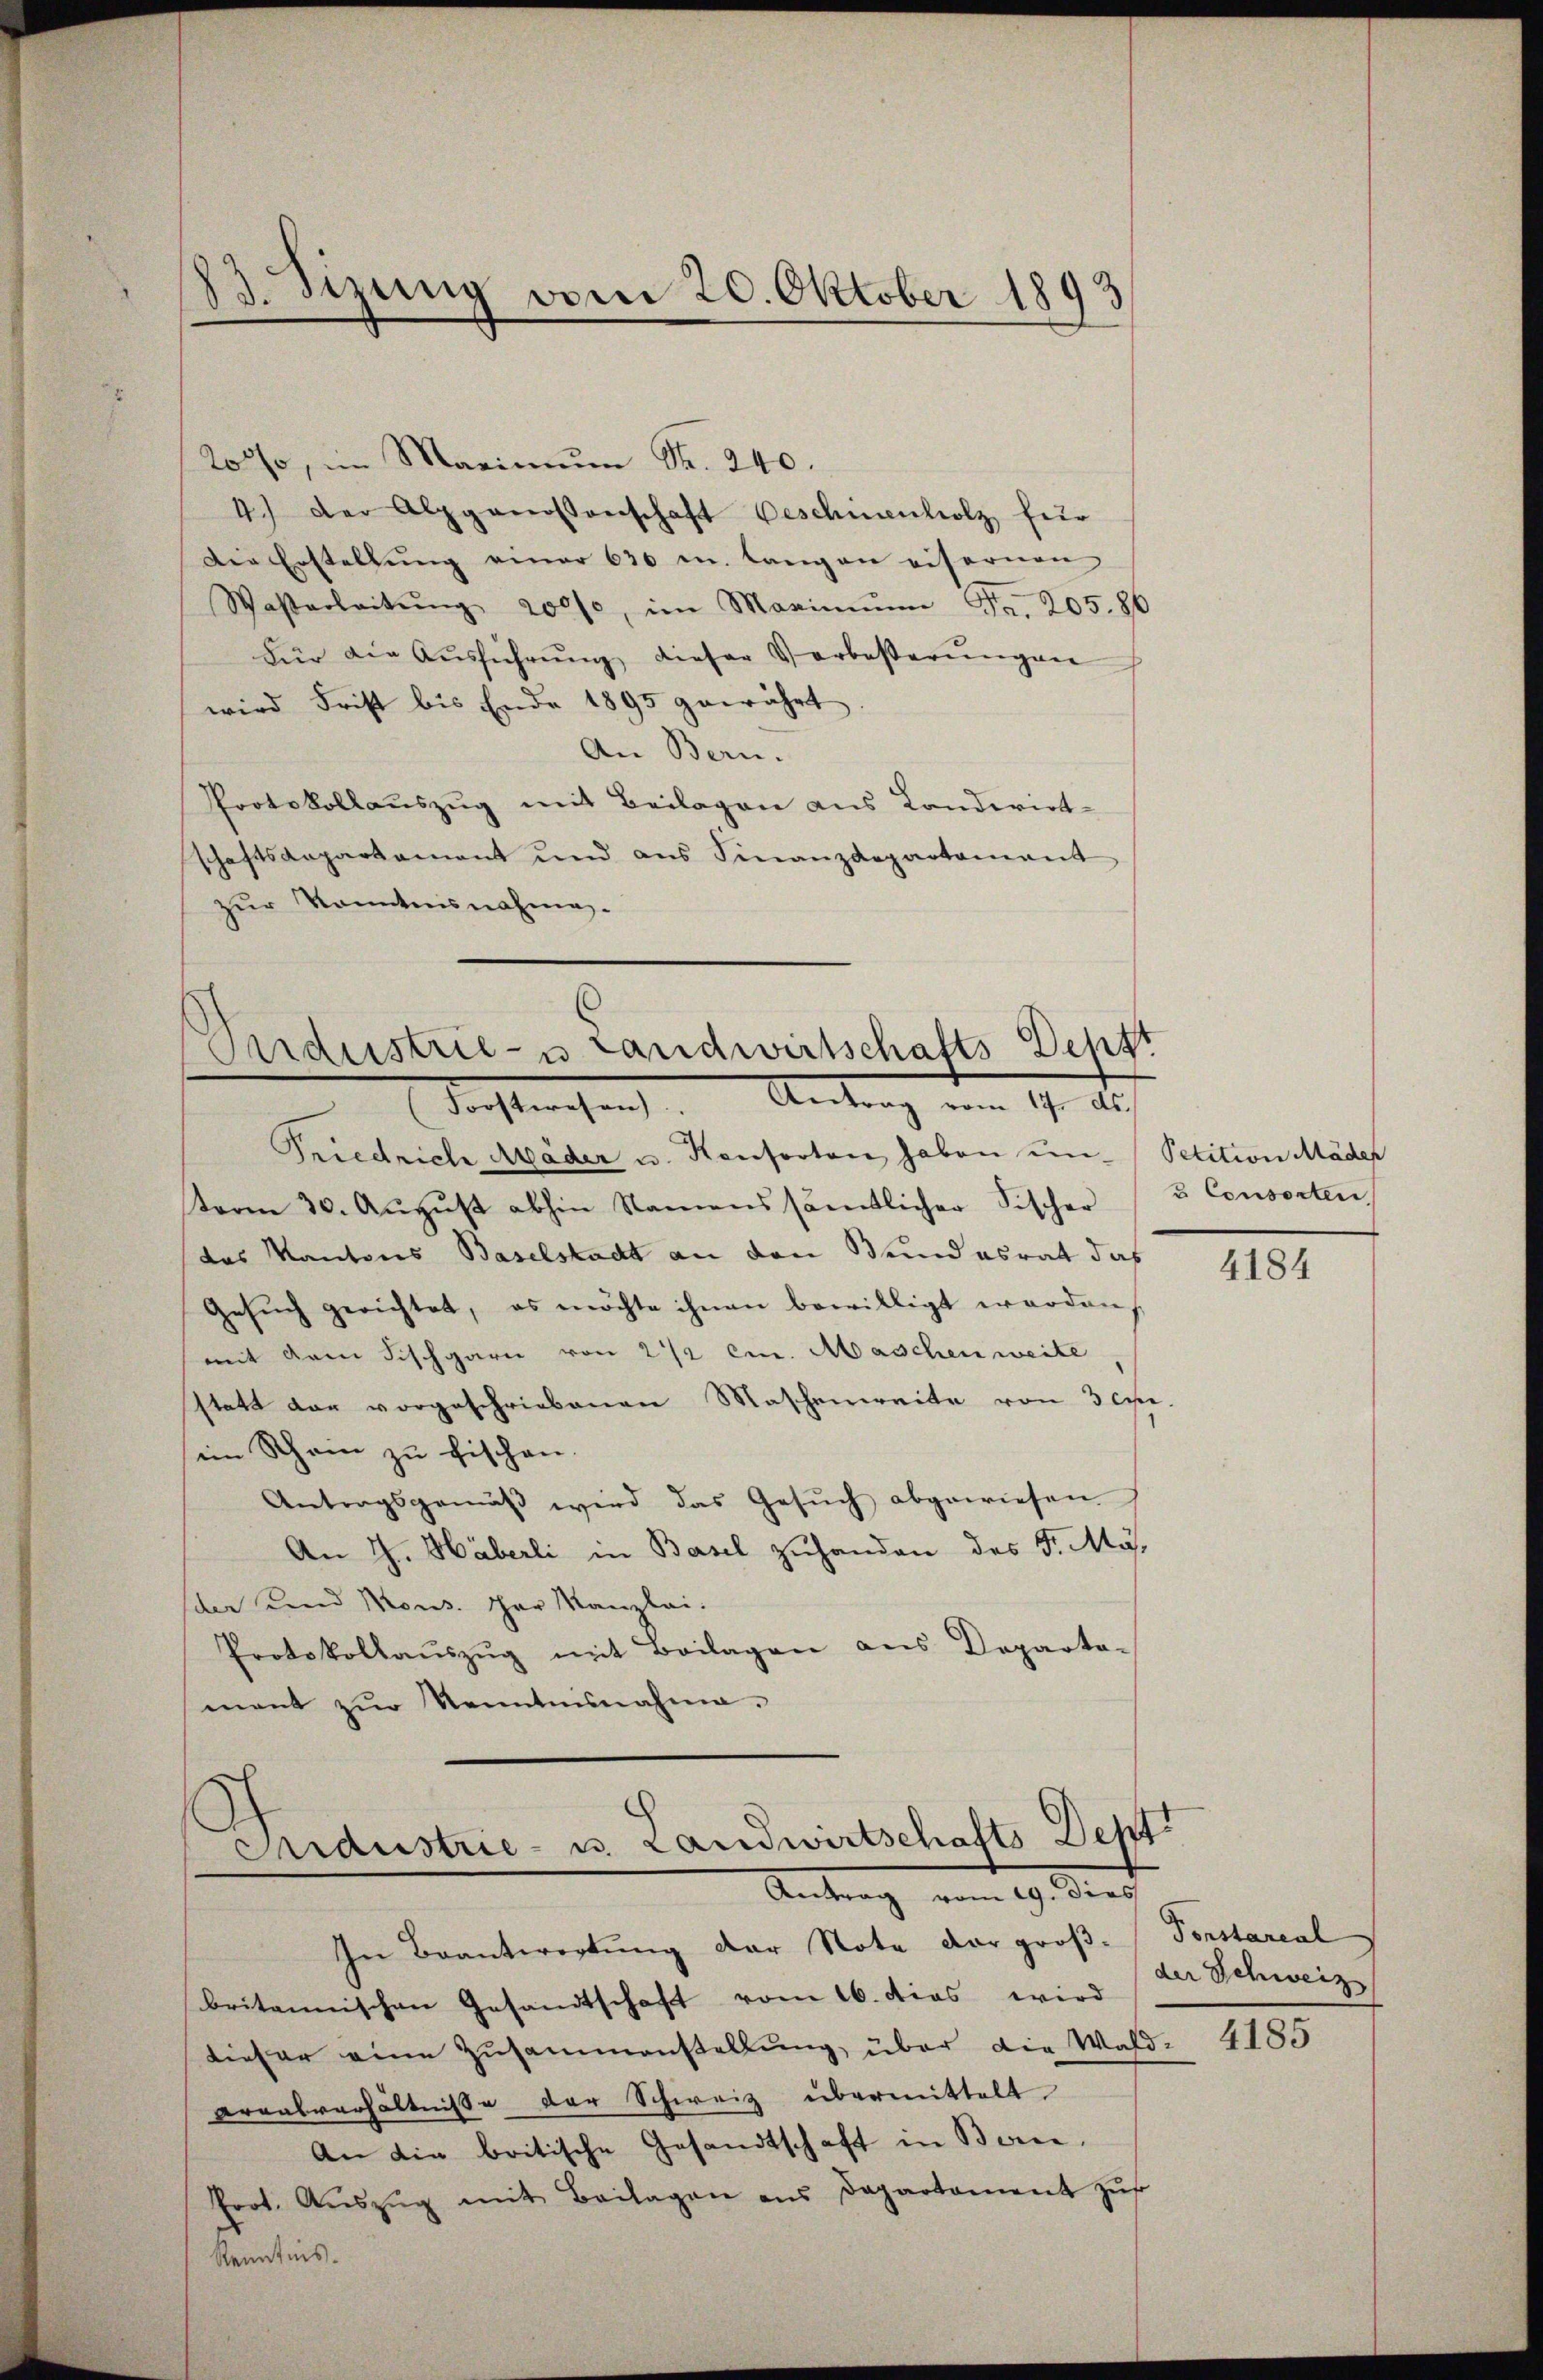
23. Sizung vom 20. Oktober 1893

200, im Marimŭm Fr. 240.
4.) Der Alpgenossenschaft Beschnenholz für
Die Erstellung einer 630 u. langen eisernen
Wasterleitŭng 200f, im Maximŭm Fr. 205. 86
Für die Aŭsführŭng dieser Verbeßerŭngen
wird Frist bis Ende 1895 gewährt
An Bern.
Protokollauszug mit Beilagen aus Landwirt-
schaftsaepartament und ans Finanzdepartamant
zur Kenntnisnahme.

Ondustrie- u Landwirtschafts Deptt
Tochtenhang. Antrag vom 19. Aus

Friedrich Mäder u. Konsorten haben un- Petition Mäder
sterm 30. Aŭgŭst abhin Namens sämtlicher Fischer & Consorten,
das Kantons Baselstadt an den Bundesrat das
Gesuch gerichtet, es möchte ihnen bewilligt worden
mit dem Fischgarn von 2 1/2 cm. Maschen weite
sstatt dar vorgeschriebenen Maschenweite von 3 Exe-
ein Schein zu fischen.
Antragsgemäβ wird das Gesŭch abgewiesen
An H. Häberli in Basel zuhanden des F. My-
scher und Mons. Thor Kanzlei.
Protokollaŭszŭg mit Beilagen aus Departa-
mant zŭr Kenntnisnahme.

Oridustrie- u. Landwirtschafts-Dept.
Antrag vom 19. Dies

In Beantwortung der Note der groß-Forstareal
britannischen Gesandtschaft vom 16. dies wird
diefer eine Zusammenstellung, über die Wald- 4185
Arealverhältnisse der Schweiz übermittelt
An die britische Gesandtschaft in Berne.
Prot. Aŭszŭg mit Beilagen ans Departament zŭf
Kenntnis.

4184

der Schweiz